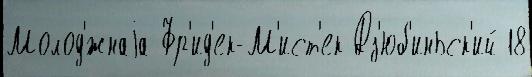
Молод'́жнаjа Фр'ид'ек-М'ист'ек Дз'юб'иньск'ий 18